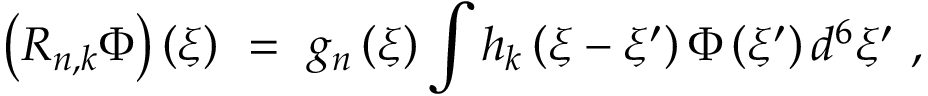
\left( R _ { n , k } \Phi \right) \left( \xi \right) \ = \ g _ { n } \left( \xi \right) \int h _ { k } \left( \xi - \xi ^ { \prime } \right) \Phi \left( \xi ^ { \prime } \right) d ^ { 6 } \xi ^ { \prime } \ ,